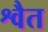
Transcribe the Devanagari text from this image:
श्वैत